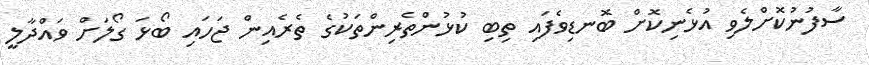
ސާފުނުކޮށްލެވި އުޅެނިކޮށް ބޮނޑިވެފައި ތިބި ކުޅުންތެރިންތަކުގެ ތެރެއިން ޖަހައި ބޯޅަ ގޯލަށް ވައްދާލީ